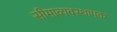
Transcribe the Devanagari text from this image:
सीमाव्यवस्थापक